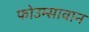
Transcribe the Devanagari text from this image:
फोउम्सावान